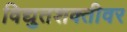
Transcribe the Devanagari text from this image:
विद्युतशक्तीवर